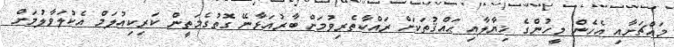
މައްޗަށާއި އެހެން މީހުންގެ ޚިޔާލާއި ޙައްޤުތަކަށް ރައްކާތެރިވުމަށް ބާރުއަޅާނޭ ގޮތުގެމަތީން ކަރިކިއުލަމް އެކުލަވާލުމަށް